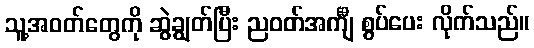
သူ့အဝတ်တွေကို ဆွဲချွတ်ပြီး ညဝတ်အင်္ကျီ စွပ်ပေး လိုက်သည်။